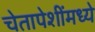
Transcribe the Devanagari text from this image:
चेतापेशींमध्ये